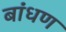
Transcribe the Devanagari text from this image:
बांधण